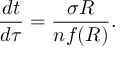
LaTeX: \frac { d t } { d \tau } = \frac { \sigma R } { n f ( R ) } .